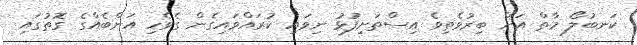
ކަނބުލޯ މާތް އަށް ބިރުވެތިވެ އިސްތަށިފުޅު ނިވައި ކުރައްވައިގެން ގެވެހި އަންބެއްގެ ގޮތުގައި